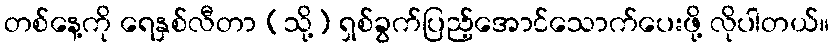
တစ်နေ့ကို ရေနှစ်လီတာ (သို့) ရှစ်ခွက်ပြည့်အောင်သောက်ပေးဖို့ လိုပါတယ်။